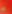
لو